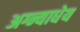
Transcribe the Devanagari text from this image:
अग्न्याधेय